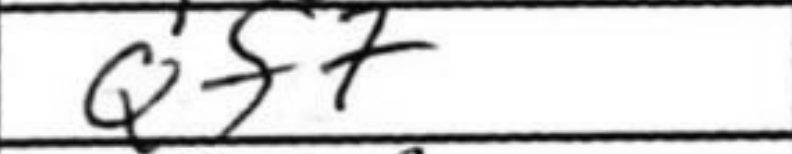
Transcription: Qf7